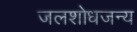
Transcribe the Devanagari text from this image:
जलशोधजन्य